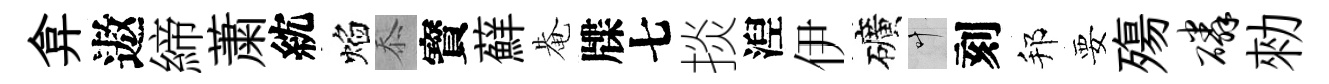
弇遨締䔥紞焰忝寳蘚𤲅牒七掞湼伊礦叶刻邦要殤磷勑